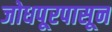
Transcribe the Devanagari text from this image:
जोधपूरपासून